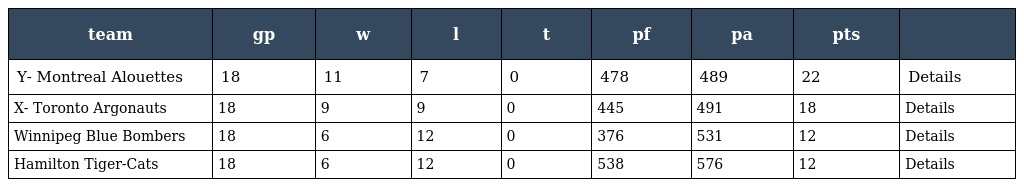
| team | gp | w | l | t | pf | pa | pts |  |
 | --- | --- | --- | --- | --- | --- | --- | --- | --- |
 | Y- Montreal Alouettes | 18 | 11 | 7 | 0 | 478 | 489 | 22 | Details |
 | X- Toronto Argonauts | 18 | 9 | 9 | 0 | 445 | 491 | 18 | Details |
 | Winnipeg Blue Bombers | 18 | 6 | 12 | 0 | 376 | 531 | 12 | Details |
 | Hamilton Tiger-Cats | 18 | 6 | 12 | 0 | 538 | 576 | 12 | Details |